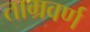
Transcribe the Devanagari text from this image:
ताम्रवर्ण